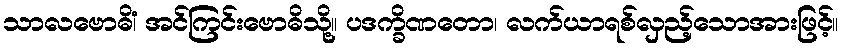
သာလဗောဓိံ၊ အင်ကြင်းဗောဓိသို့။ ပဒက္ခိဏတော၊ လက်ယာရစ်လှည့်သောအားဖြင့်။